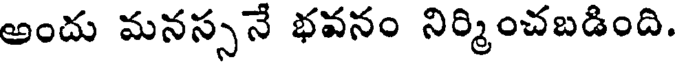
అందు మనస్సనే భవనం నిర్మించబడింది.